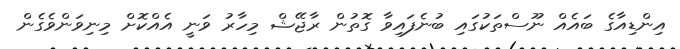
އިންޑިއާގެ ބައެއް ނޫސްތަކުގައި ބުނެފައިވާ ގޮތުން ރާޖޭޝް މިހާރު ވަނީ އެއްކޮށް މިނިވަންވެގެން